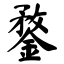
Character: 鍪